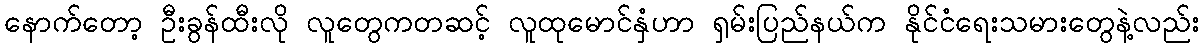
နောက်တော့ ဦးခွန်ထီးလို လူတွေကတဆင့် လူထုမောင်နှံဟာ ရှမ်းပြည်နယ်က နိုင်ငံရေးသမားတွေနဲ့လည်း